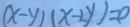
( x - y ) ( x - 2 y ) = 0